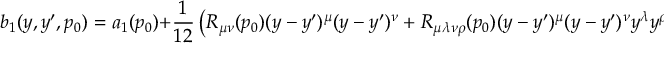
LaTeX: b _ { 1 } ( y , y ^ { \prime } , p _ { 0 } ) = a _ { 1 } ( p _ { 0 } ) + { \frac { 1 } { 1 2 } } \left( R _ { \mu \nu } ( p _ { 0 } ) ( y - y ^ { \prime } ) ^ { \mu } ( y - y ^ { \prime } ) ^ { \nu } + R _ { \mu \lambda \nu \rho } ( p _ { 0 } ) ( y - y ^ { \prime } ) ^ { \mu } ( y - y ^ { \prime } ) ^ { \nu } y ^ { \lambda } y ^ { \rho } \right)